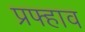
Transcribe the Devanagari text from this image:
प्रफ्हाव